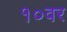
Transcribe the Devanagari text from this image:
१०वर